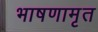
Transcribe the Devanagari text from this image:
भाषणामृत